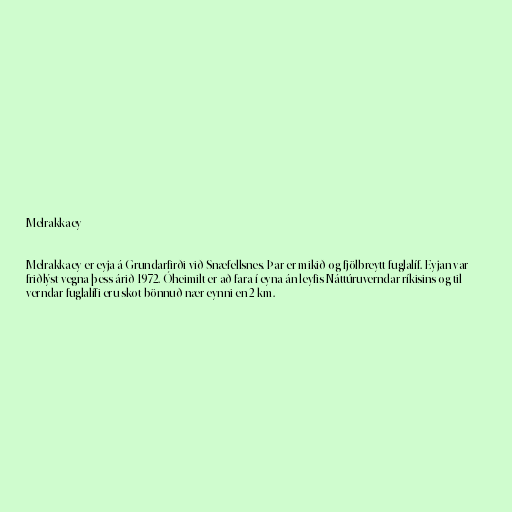
Melrakkaey

Melrakkaey er eyja á Grundarfirði við Snæfellsnes. Þar er mikið og fjölbreytt fuglalíf. Eyjan var
friðlýst vegna þess árið 1972. Óheimilt er að fara í eyna án leyfis Náttúruverndar ríkisins og til
verndar fuglalífi eru skot bönnuð nær eynni en 2 km.